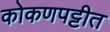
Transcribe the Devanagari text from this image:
कोकणपट्टीत